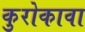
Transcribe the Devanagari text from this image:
कुरोकावा